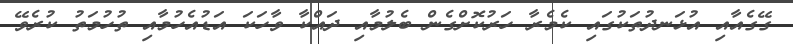
ގޭގެއާއި އުޅަނދުތަކުގައި ކެމެރާ ހަރުކޮށްގެން ބެލުމާއި ދައްކާ ވާހަކަ އަޑުއެހުމާއި ތުހުމަތު ކުރެވޭ